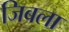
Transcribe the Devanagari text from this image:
जिबला